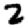
Digit: 2